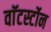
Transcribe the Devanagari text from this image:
वाॅटर्स्टोन